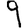
Digit: 9